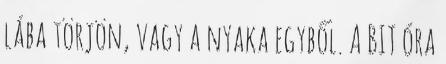
lába törjön, vagy a nyaka egyből. A BIT óra